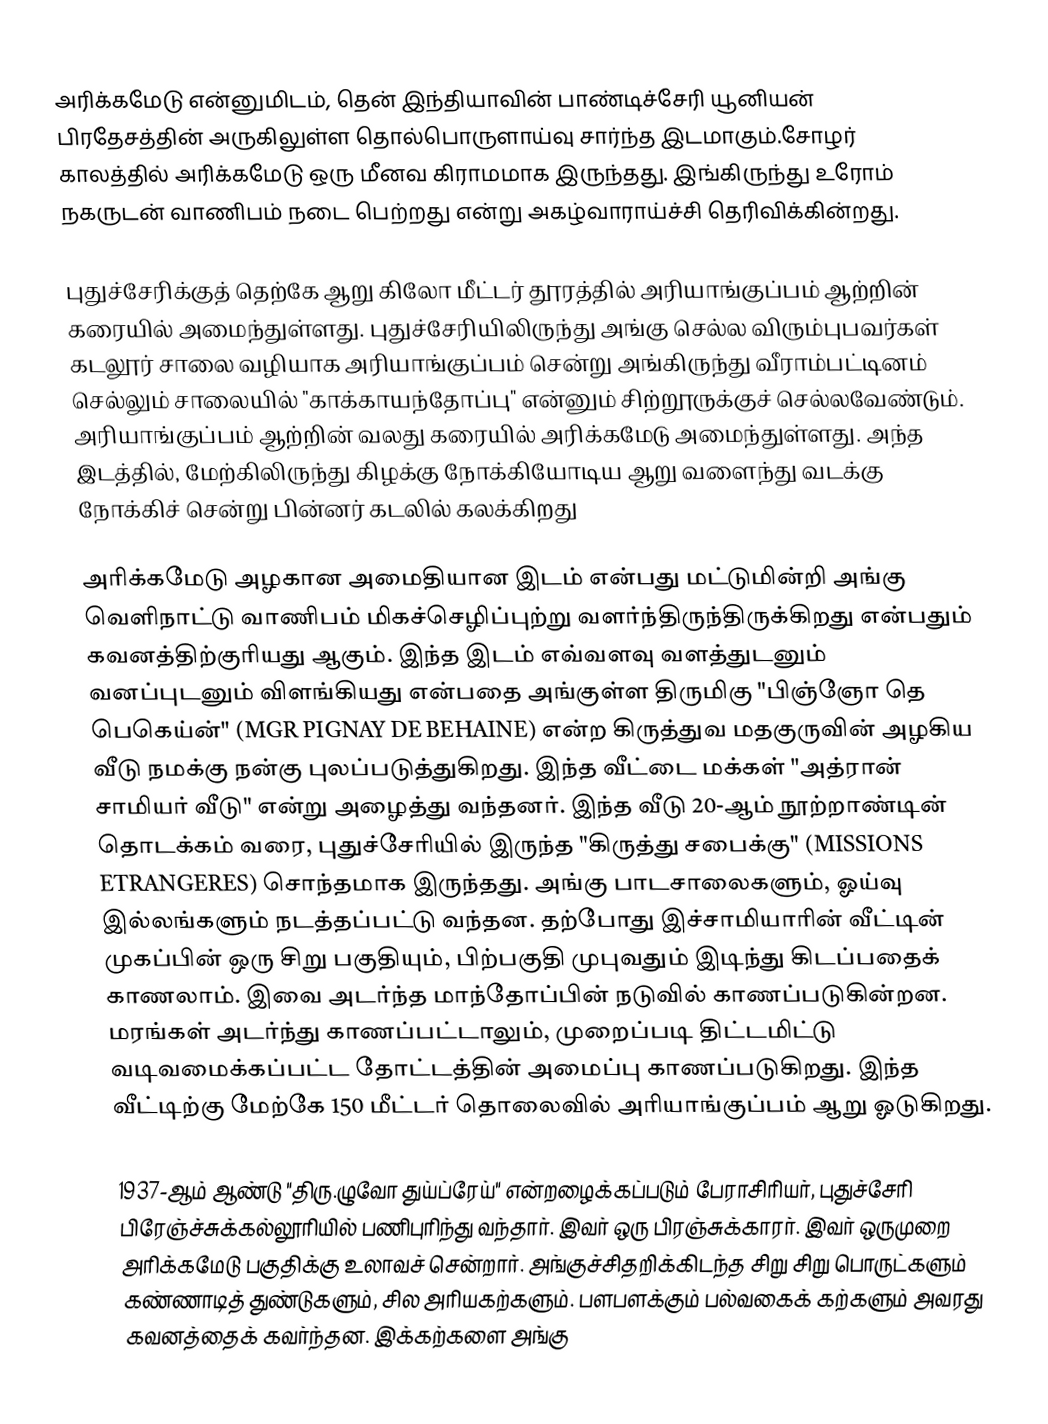
அரிக்கமேடு என்னுமிடம், தென் இந்தியாவின் பாண்டிச்சேரி யூனியன் பிரதேசத்தின் அருகிலுள்ள தொல்பொருளாய்வு சார்ந்த இடமாகும்.சோழர் காலத்தில் அரிக்கமேடு ஒரு மீனவ கிராமமாக இருந்தது. இங்கிருந்து உரோம் நகருடன் வாணிபம் நடை பெற்றது என்று அகழ்வாராய்ச்சி தெரிவிக்கின்றது.

புதுச்சேரிக்குத் தெற்கே ஆறு கிலோ மீட்டர் தூரத்தில் அரியாங்குப்பம் ஆற்றின் கரையில் அமைந்துள்ளது. புதுச்சேரியிலிருந்து அங்கு செல்ல விரும்புபவர்கள் கடலூர் சாலை வழியாக அரியாங்குப்பம் சென்று அங்கிருந்து வீராம்பட்டினம் செல்லும் சாலையில் "காக்காயந்தோப்பு" என்னும் சிற்றூருக்குச் செல்லவேண்டும். அரியாங்குப்பம் ஆற்றின் வலது கரையில் அரிக்கமேடு அமைந்துள்ளது. அந்த இடத்தில், மேற்கிலிருந்து கிழக்கு நோக்கியோடிய ஆறு வளைந்து வடக்கு நோக்கிச் சென்று பின்னர் கடலில் கலக்கிறது

அரிக்கமேடு அழகான அமைதியான இடம் என்பது மட்டுமின்றி அங்கு வெளிநாட்டு வாணிபம் மிகச்செழிப்புற்று வளர்ந்திருந்திருக்கிறது என்பதும் கவனத்திற்குரியது ஆகும். இந்த இடம் எவ்வளவு வளத்துடனும் வனப்புடனும் விளங்கியது என்பதை அங்குள்ள திருமிகு "பிஞ்ஞோ தெ பெகெய்ன்" (MGR PIGNAY DE BEHAINE) என்ற கிருத்துவ மதகுருவின் அழகிய வீடு நமக்கு நன்கு புலப்படுத்துகிறது. இந்த வீட்டை மக்கள் "அத்ரான் சாமியர் வீடு" என்று அழைத்து வந்தனர். இந்த வீடு 20-ஆம் நூற்றாண்டின் தொடக்கம் வரை, புதுச்சேரியில் இருந்த "கிருத்து சபைக்கு" (MISSIONS ETRANGERES) சொந்தமாக இருந்தது. அங்கு பாடசாலைகளும், ஓய்வு இல்லங்களும் நடத்தப்பட்டு வந்தன. தற்போது இச்சாமியாரின் வீட்டின் முகப்பின் ஒரு சிறு பகுதியும், பிற்பகுதி முபுவதும் இடிந்து கிடப்பதைக் காணலாம். இவை அடர்ந்த மாந்தோப்பின் நடுவில் காணப்படுகின்றன. மரங்கள் அடர்ந்து காணப்பட்டாலும், முறைப்படி திட்டமிட்டு வடிவமைக்கப்பட்ட தோட்டத்தின் அமைப்பு காணப்படுகிறது. இந்த வீட்டிற்கு மேற்கே 150 மீட்டர் தொலைவில் அரியாங்குப்பம் ஆறு ஓடுகிறது.

1937-ஆம் ஆண்டு "திரு.ழுவோ துய்ப்ரேய்" என்றழைக்கப்படும் பேராசிரியர், புதுச்சேரி பிரேஞ்ச்சுக்கல்லூரியில் பணிபுரிந்து வந்தார். இவர் ஒரு பிரஞ்சுக்காரர். இவர் ஒருமுறை அரிக்கமேடு பகுதிக்கு உலாவச் சென்றார். அங்குச்சிதறிக்கிடந்த சிறு சிறு பொருட்களும் கண்ணாடித் துண்டுகளும், சில அரியகற்களும். பளபளக்கும் பல்வகைக் கற்களும் அவரது கவனத்தைக் கவர்ந்தன. இக்கற்களை அங்கு